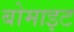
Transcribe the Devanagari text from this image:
बोमाइट